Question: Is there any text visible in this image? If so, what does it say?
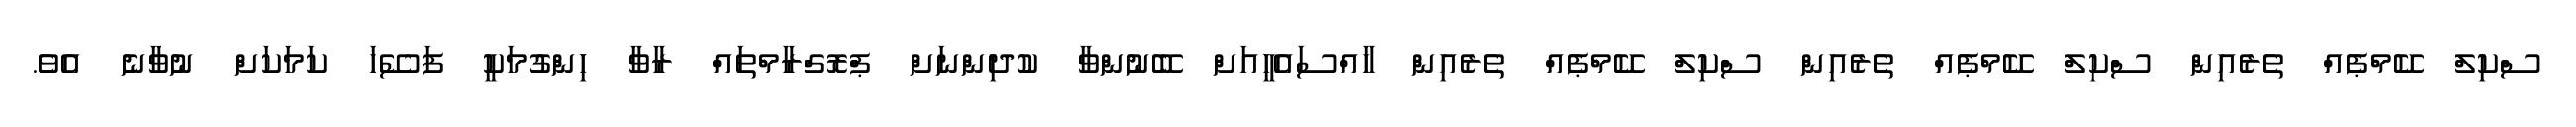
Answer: ސްކިލް ކޭމްޕެއް ތެރެއިން ސްކިލް ކޭމްޕެއް ތެރެއިން ސްކިލް ކޭމްޕެއް ތެރެއިން ހާއްސައެހީއަށް ބޭނުންވާ ކުދިންނަށް ޕްރޮގްރާމްތައް ރާވާ ހިންގުމަކީ ފަސޭހަ ކަމަކަށް ނުވާނެ އެވެ.